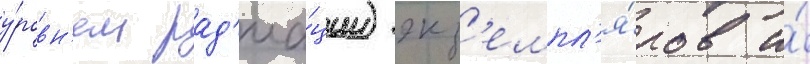
у́ровн'ем рад'иа́ции) экз'емпл'я́ров и́